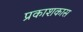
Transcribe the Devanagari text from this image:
प्रकाशकास